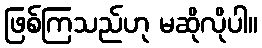
ဖြစ်ကြသည်ဟု မဆိုလိုပါ။